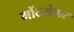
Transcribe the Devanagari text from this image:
मोंटसेगर